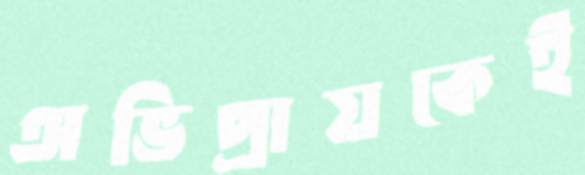
অভিপ্রায়কেই